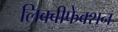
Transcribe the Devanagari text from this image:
लिक्वीफेक्शन